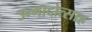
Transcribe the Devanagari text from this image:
उन्मादोत्साह